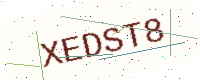
Text: XEDST8